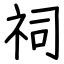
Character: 祠